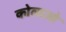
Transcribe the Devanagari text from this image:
कोलाओ